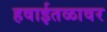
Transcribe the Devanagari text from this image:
हवाईतळावर